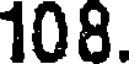
108.